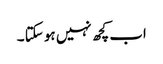
اب کچھ نہیں ہو سکتا ۔